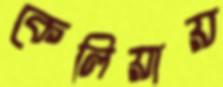
কেলিয়ায়